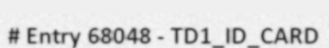
# Entry 68048 - TD1_ID_CARD